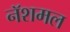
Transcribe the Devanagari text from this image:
नॅशमल